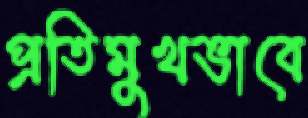
প্রতিমুখভাবে